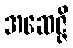
အဆေဇ္ဇိ